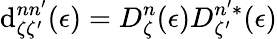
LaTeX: \mathrm{d}_{\zeta\zeta^{\prime}}^{nn^{\prime}}(\epsilon)=D_{\zeta}^{n}(\epsilon)D_{\zeta^{\prime}}^{n^{\prime}*}(\epsilon)